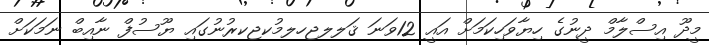
މީދޫ އިސްލާމް ދީނުގެ ހިޔާވަހިކަމަށް އައީ 12ވަނަ ޤަލލޖހލމުކޖކރުނުގައި ޔޫސުފް ނާއިބް ނަމަކަށް